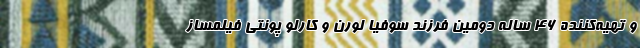
و تهیه‌کننده ۴۶ ساله دومین فرزند سوفیا لورن و کارلو پونتی فیلمساز